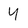
Character: y